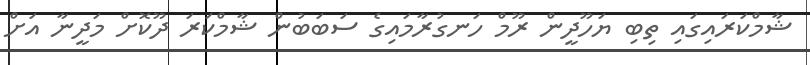
ޝާމްކަރައިގައި ތިބި ޔަހޫދީން ރޫމް ހަނގުރާމައިގެ ސަބަބުން ޝާމްކަރަ ދޫކޮށް މަދީނާ އަށް